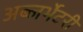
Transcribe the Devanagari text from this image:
अब्जर्भेटरी